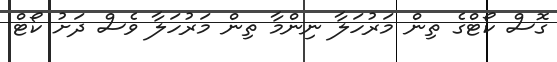
ގޮސް ކޯޓްގެ ތިން މަރުހަލާ ނިންމާ ތިން މަރުހަލާ ވެސް ދަށު ކޯޓް